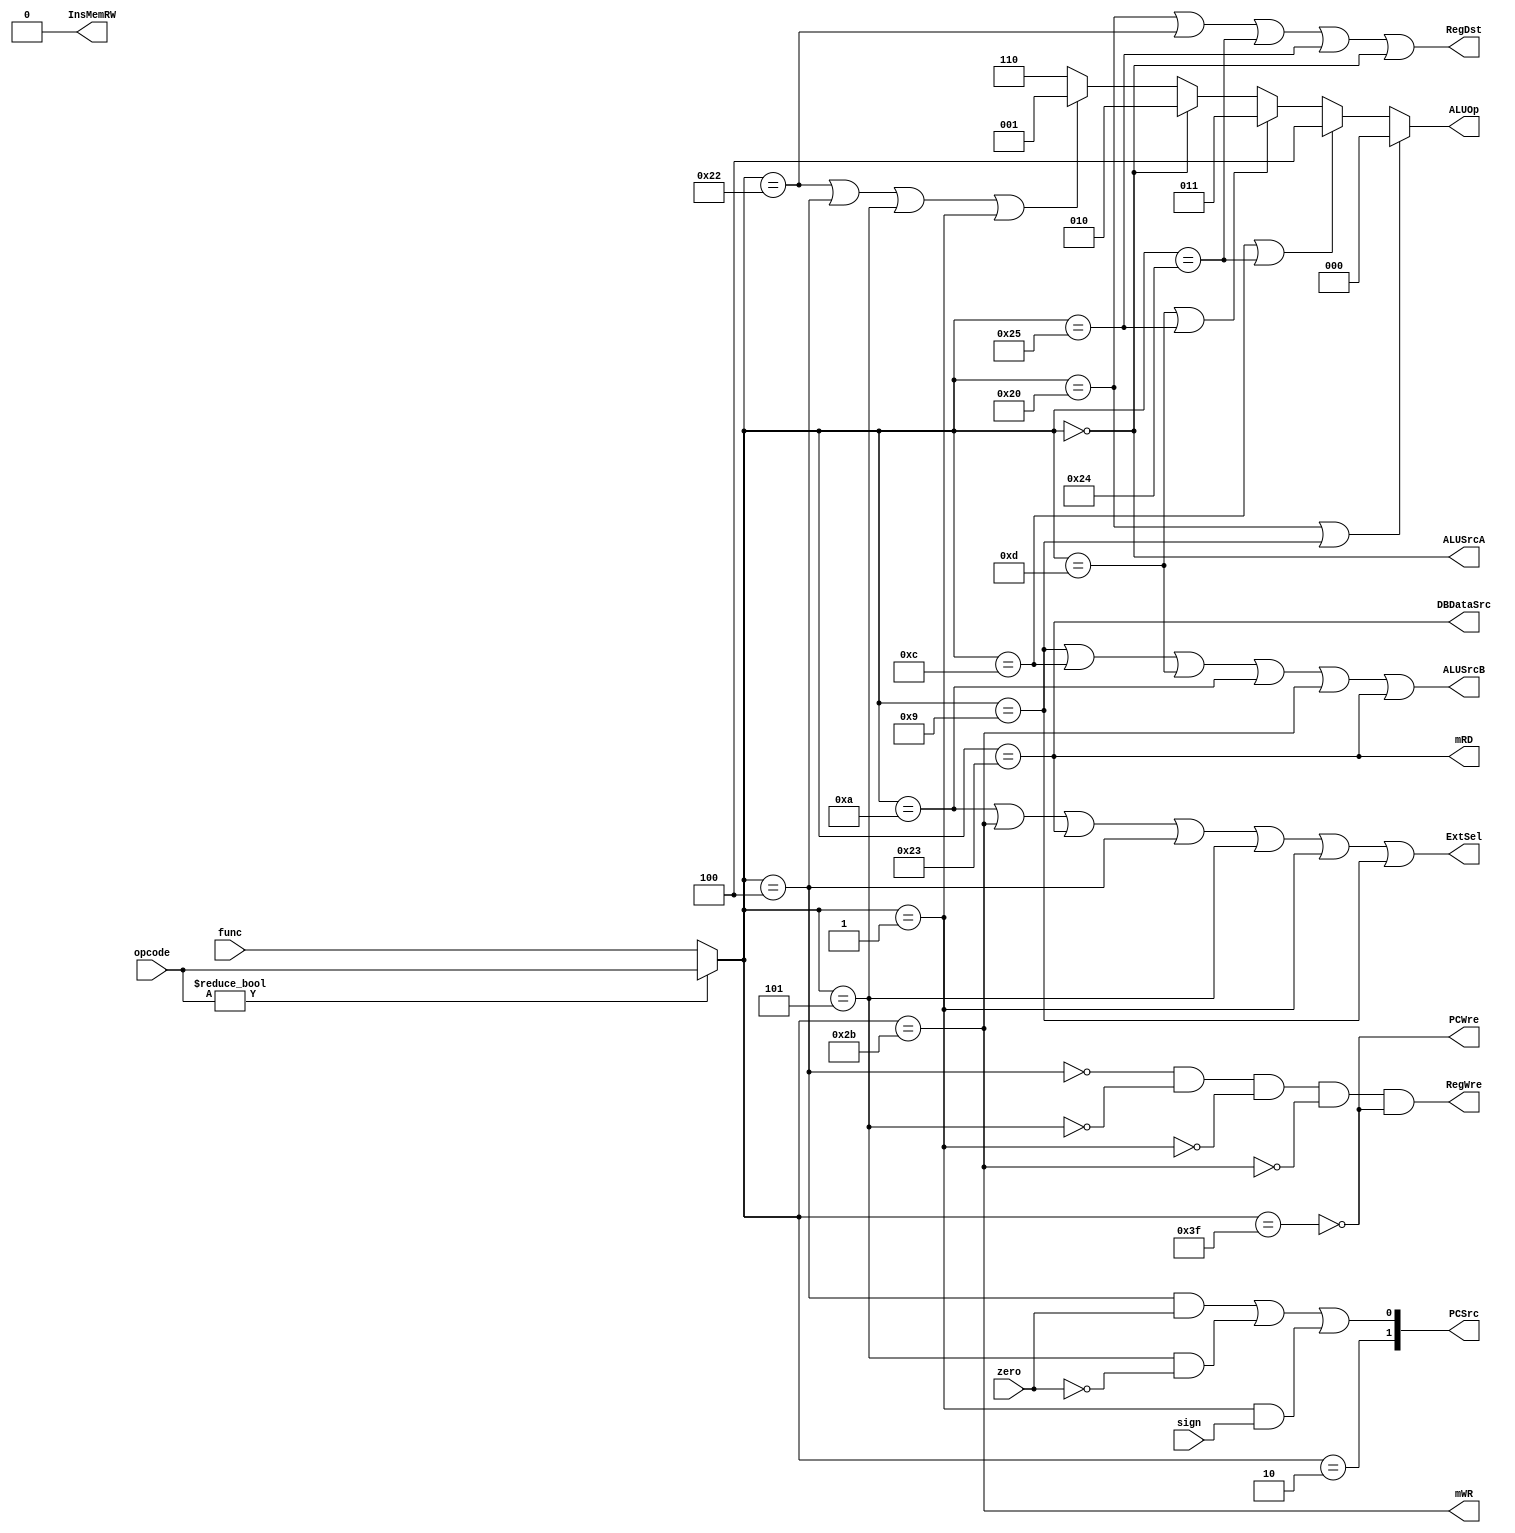
`timescale 1ns / 1ps
//////////////////////////////////////////////////////////////////////////////////
// Company: 
// Engineer: 
// 
// Design Name: 
// Module Name: ControlUnit
// Project Name: 
// Target Devices: 
// Tool Versions: 
// Description: 
// 
// Dependencies: 
// 
// Revision:
// Revision 0.01 - File Created
// Additional Comments:
// 
//////////////////////////////////////////////////////////////////////////////////


module ControlUnit(
    input zero,
    input sign,
    input[5:0] opcode,      //up 6 bits of instruction, if opcode == 000000, use func
    input[5:0] func,        //low 6 bits of instruction
    output PCWre,
    output[1:0] PCSrc,
    output ExtSel,
    output ALUSrcA,
    output ALUSrcB,
    output[2:0] ALUOp,
    output RegWre,
    output RegDst,
    output mRD,
    output mWR,
    output DBDataSrc,
    output InsMemRW
    );
    
    //assign _opcode = opcode ? opcode : func;//if opcode == 000000, then replace opcode with func
    wire[5:0] _opcode = opcode ? opcode : func;
    
    //SLL op seem quite werid, if there is any bug, refer to it    
    parameter ADD =     6'b100000;
    parameter SUB =     6'b100010;
    parameter ADDIU =   6'b001001;
    parameter ANDI =    6'b001100;
    parameter AND =     6'b100100;
    parameter ORI =     6'b001101;
    parameter OR =      6'b100101;
    parameter SLL =     6'b000000;
    parameter SLTI =    6'b001010;
    parameter SW =      6'b101011;
    parameter LW =      6'b100011;
    parameter BEQ =     6'b000100;
    parameter BNE =     6'b000101;
    parameter BLTZ =    6'b000001;
    parameter J =       6'b000010;
    parameter HALT =    6'b111111;
    
    parameter opADD =    3'b000;//ADD, ADDIU
    parameter opSUB =    3'b001;//SUB, BEQ, BNE, BLTE
    parameter opSLL =    3'b010;//SLL
    parameter opOR =     3'b011;//ORI, OR
    parameter opAND =    3'b100;//ANDI, AND
    parameter opSLTU =   3'b101;
    parameter opSLT =    3'b110;
    parameter opXOR =    3'b111;
    
    wire IS_ADD =       (_opcode == ADD);
    wire IS_SUB =       (_opcode == SUB);
    wire IS_ADDIU =     (_opcode == ADDIU);
    wire IS_ANDI =      (_opcode == ANDI);
    wire IS_AND =       (_opcode == AND);
    wire IS_ORI =       (_opcode == ORI);
    wire IS_OR =        (_opcode == OR);
    wire IS_SLL =       (_opcode == SLL);
    wire IS_SLTI =      (_opcode == SLTI);
    wire IS_SW =        (_opcode == SW);
    wire IS_LW =        (_opcode == LW);
    wire IS_BEQ =       (_opcode == BEQ);
    wire IS_BNE =       (_opcode == BNE);
    wire IS_BLTZ =      (_opcode == BLTZ);
    wire IS_J =         (_opcode == J);
    wire IS_HALT =      (_opcode == HALT);
    
    assign PCWre =      !IS_HALT;
    assign PCSrc[1] =   IS_J;
    assign PCSrc[0] =   (IS_BEQ && zero) || (IS_BNE && !zero) || (IS_BLTZ && sign);
    assign ExtSel =     IS_SLTI || IS_SW || IS_LW || IS_BEQ || IS_BNE || IS_BLTZ || IS_ADDIU;//IS_ADDIU is here
    assign ALUSrcA =    IS_SLL;
    assign ALUSrcB =    IS_ADDIU || IS_ANDI || IS_ORI || IS_SLTI || IS_SW || IS_LW;
    assign RegWre =     !IS_BEQ && !IS_BNE && !IS_BLTZ && !IS_SW && !IS_HALT;
    assign RegDst =     IS_ADD || IS_SUB || IS_AND || IS_OR || IS_SLL;
    assign mRD =        IS_LW;
    assign mWR =        IS_SW;
    assign DBDataSrc =  IS_LW;  
    assign InsMemRW =   0;
    assign ALUOp =      (IS_ADD || IS_ADDIU) ? opADD :
                        (IS_ANDI || IS_AND) ? opAND :
                        (IS_ORI || IS_OR) ? opOR :
                        (IS_SLL) ? opSLL :
                        (IS_SUB || IS_BEQ || IS_BNE || IS_BLTZ) ? opSUB : opSLT;
                        /* Here is somthing important, we CAN NOT classify beq, bne, bltz to opSLT(making comparison),
                         * instead we group them in opSUB, the main reason is that for some ouputs, for example PCSrc[0]:
                         * its expression is relevant to both the opcode and the zero bit or sign bit, simply making
                         * comparison between 2 nums will not set zero and sign, so we must use opSUB to change them.
                         */
endmodule